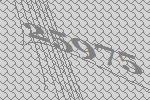
25975